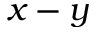
x - y